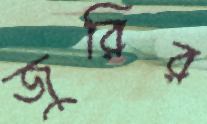
জুরির